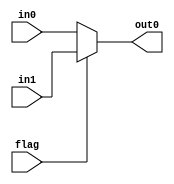
`timescale 1ns / 1ps
//////////////////////////////////////////////////////////////////////////////////
// Company: USTC
// Engineer: 
// 
// Design Name: 
// Module Name: mux
// Project Name: 
// Target Devices: 
// Tool Versions: 
// Description: 
// 
// Dependencies: 
// 
// Revision:
// Revision 0.01 - File Created
// Additional Comments:
// 
//////////////////////////////////////////////////////////////////////////////////


module mux #(parameter W=32)(
input [W-1:0]in0,in1,
input flag,
output [W-1:0]out0
    );
    assign out0=flag?in1:in0;
endmodule